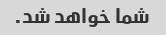
شما خواهد شد.